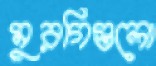
মুরগিগুলো